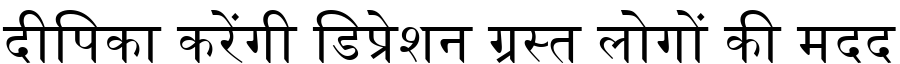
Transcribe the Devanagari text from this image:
दीपिका करेंगी डिप्रेशन ग्रस्त लोगों की मदद